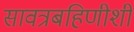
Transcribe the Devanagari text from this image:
सावत्रबहिणीशी